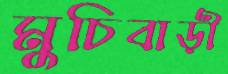
মুচিবাড়ী